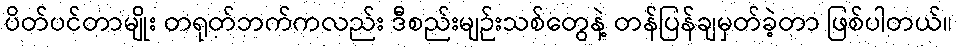
ပိတ်ပင်တာမျိုး တရုတ်ဘက်ကလည်း ဒီစည်းမျဉ်းသစ်တွေနဲ့ တန်ပြန်ချမှတ်ခဲ့တာ ဖြစ်ပါတယ်။